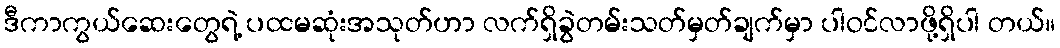
ဒီကာကွယ်ဆေးတွေရဲ့ ပထမဆုံးအသုတ်ဟာ လက်ရှိခွဲတမ်းသတ်မှတ်ချက်မှာ ပါဝင်လာဖို့ရှိပါ တယ်။